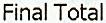
FINAL TOTAL